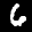
Label: 6